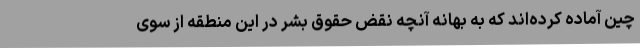
چین آماده کرده‌اند که به بهانه آنچه نقض حقوق بشر در این منطقه از سوی